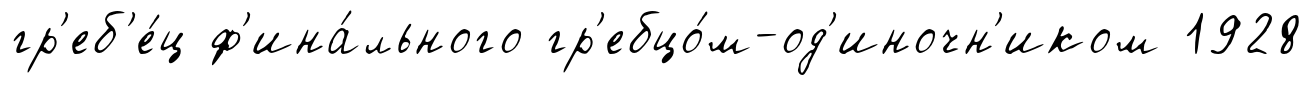
гр'еб'е́ц ф'ина́льного гр'ебцо́м-од'иночн'иком 1928